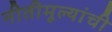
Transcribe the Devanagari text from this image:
नीतीमूल्यांची